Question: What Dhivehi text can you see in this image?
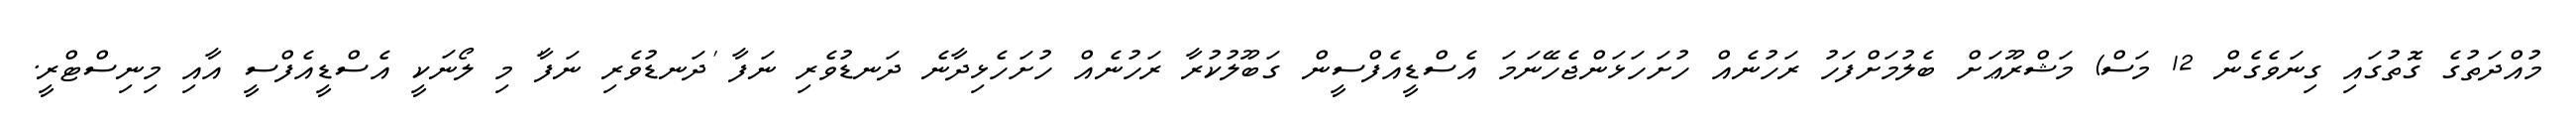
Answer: މުއްދަތުގެ ގޮތުގައި ގިނަވެގެން 12 މަސް) މަޝްރޫޢަށް ބެލުމަށްފަހު ރަހުނެއް ހުށަހަޅަންޖެހޭނަމަ އެސްޑީއެފްސީން ގަބޫލުކުރާ ރަހުނެއް ހުށަހެޅިދާނެ ދަނޑުވެރި ނަފާ 'ދަނޑުވެރި ނަފާ' މި ލޯނަކީ އެސްޑީއެފްސީ އާއި މިނިސްޓްރީ.